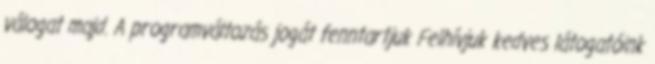
válogat majd. A programváltozás jogát fenntartjuk Felhívjuk kedves látogatóink